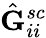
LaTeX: \hat{\mathbf{G}}_{ii}^{sc}